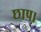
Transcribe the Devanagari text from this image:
छाप।